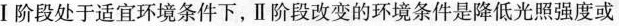
Ⅰ阶段处于适宜环境条件下，Ⅱ阶段改变的环境条件是降低光照强度或